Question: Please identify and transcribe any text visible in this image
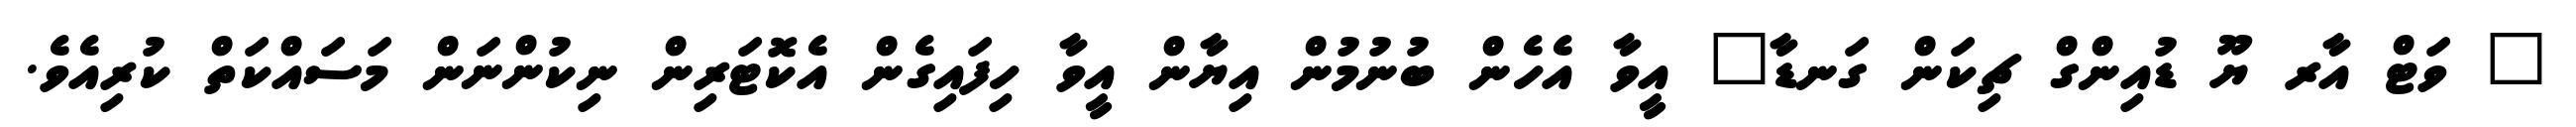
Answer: " ވަޓް އާރ ޔޫ ޑުއިންގް ޗިކަން ގަނޑާ" އީވާ އެހެން ބުނުމުން އިޔާން އީވާ ހިފައިގެން އެކޮޓަރިން ނިކުންނަން މަސައްކަތް ކުރިއެވެ.